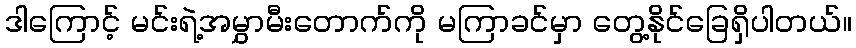
ဒါကြောင့် မင်းရဲ့အမွှာမီးတောက်ကို မကြာခင်မှာ တွေ့နိုင်ခြေရှိပါတယ်။